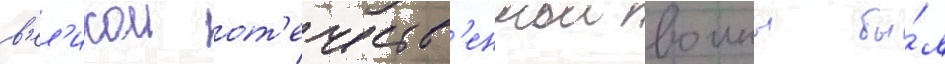
в'ел'икои от'ечеств'еннои воины бы́л